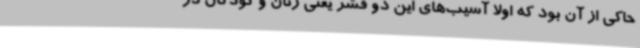
حاکی از آن بود که اولاً آسیب‌های این دو قشر یعنی زنان و کودکان در